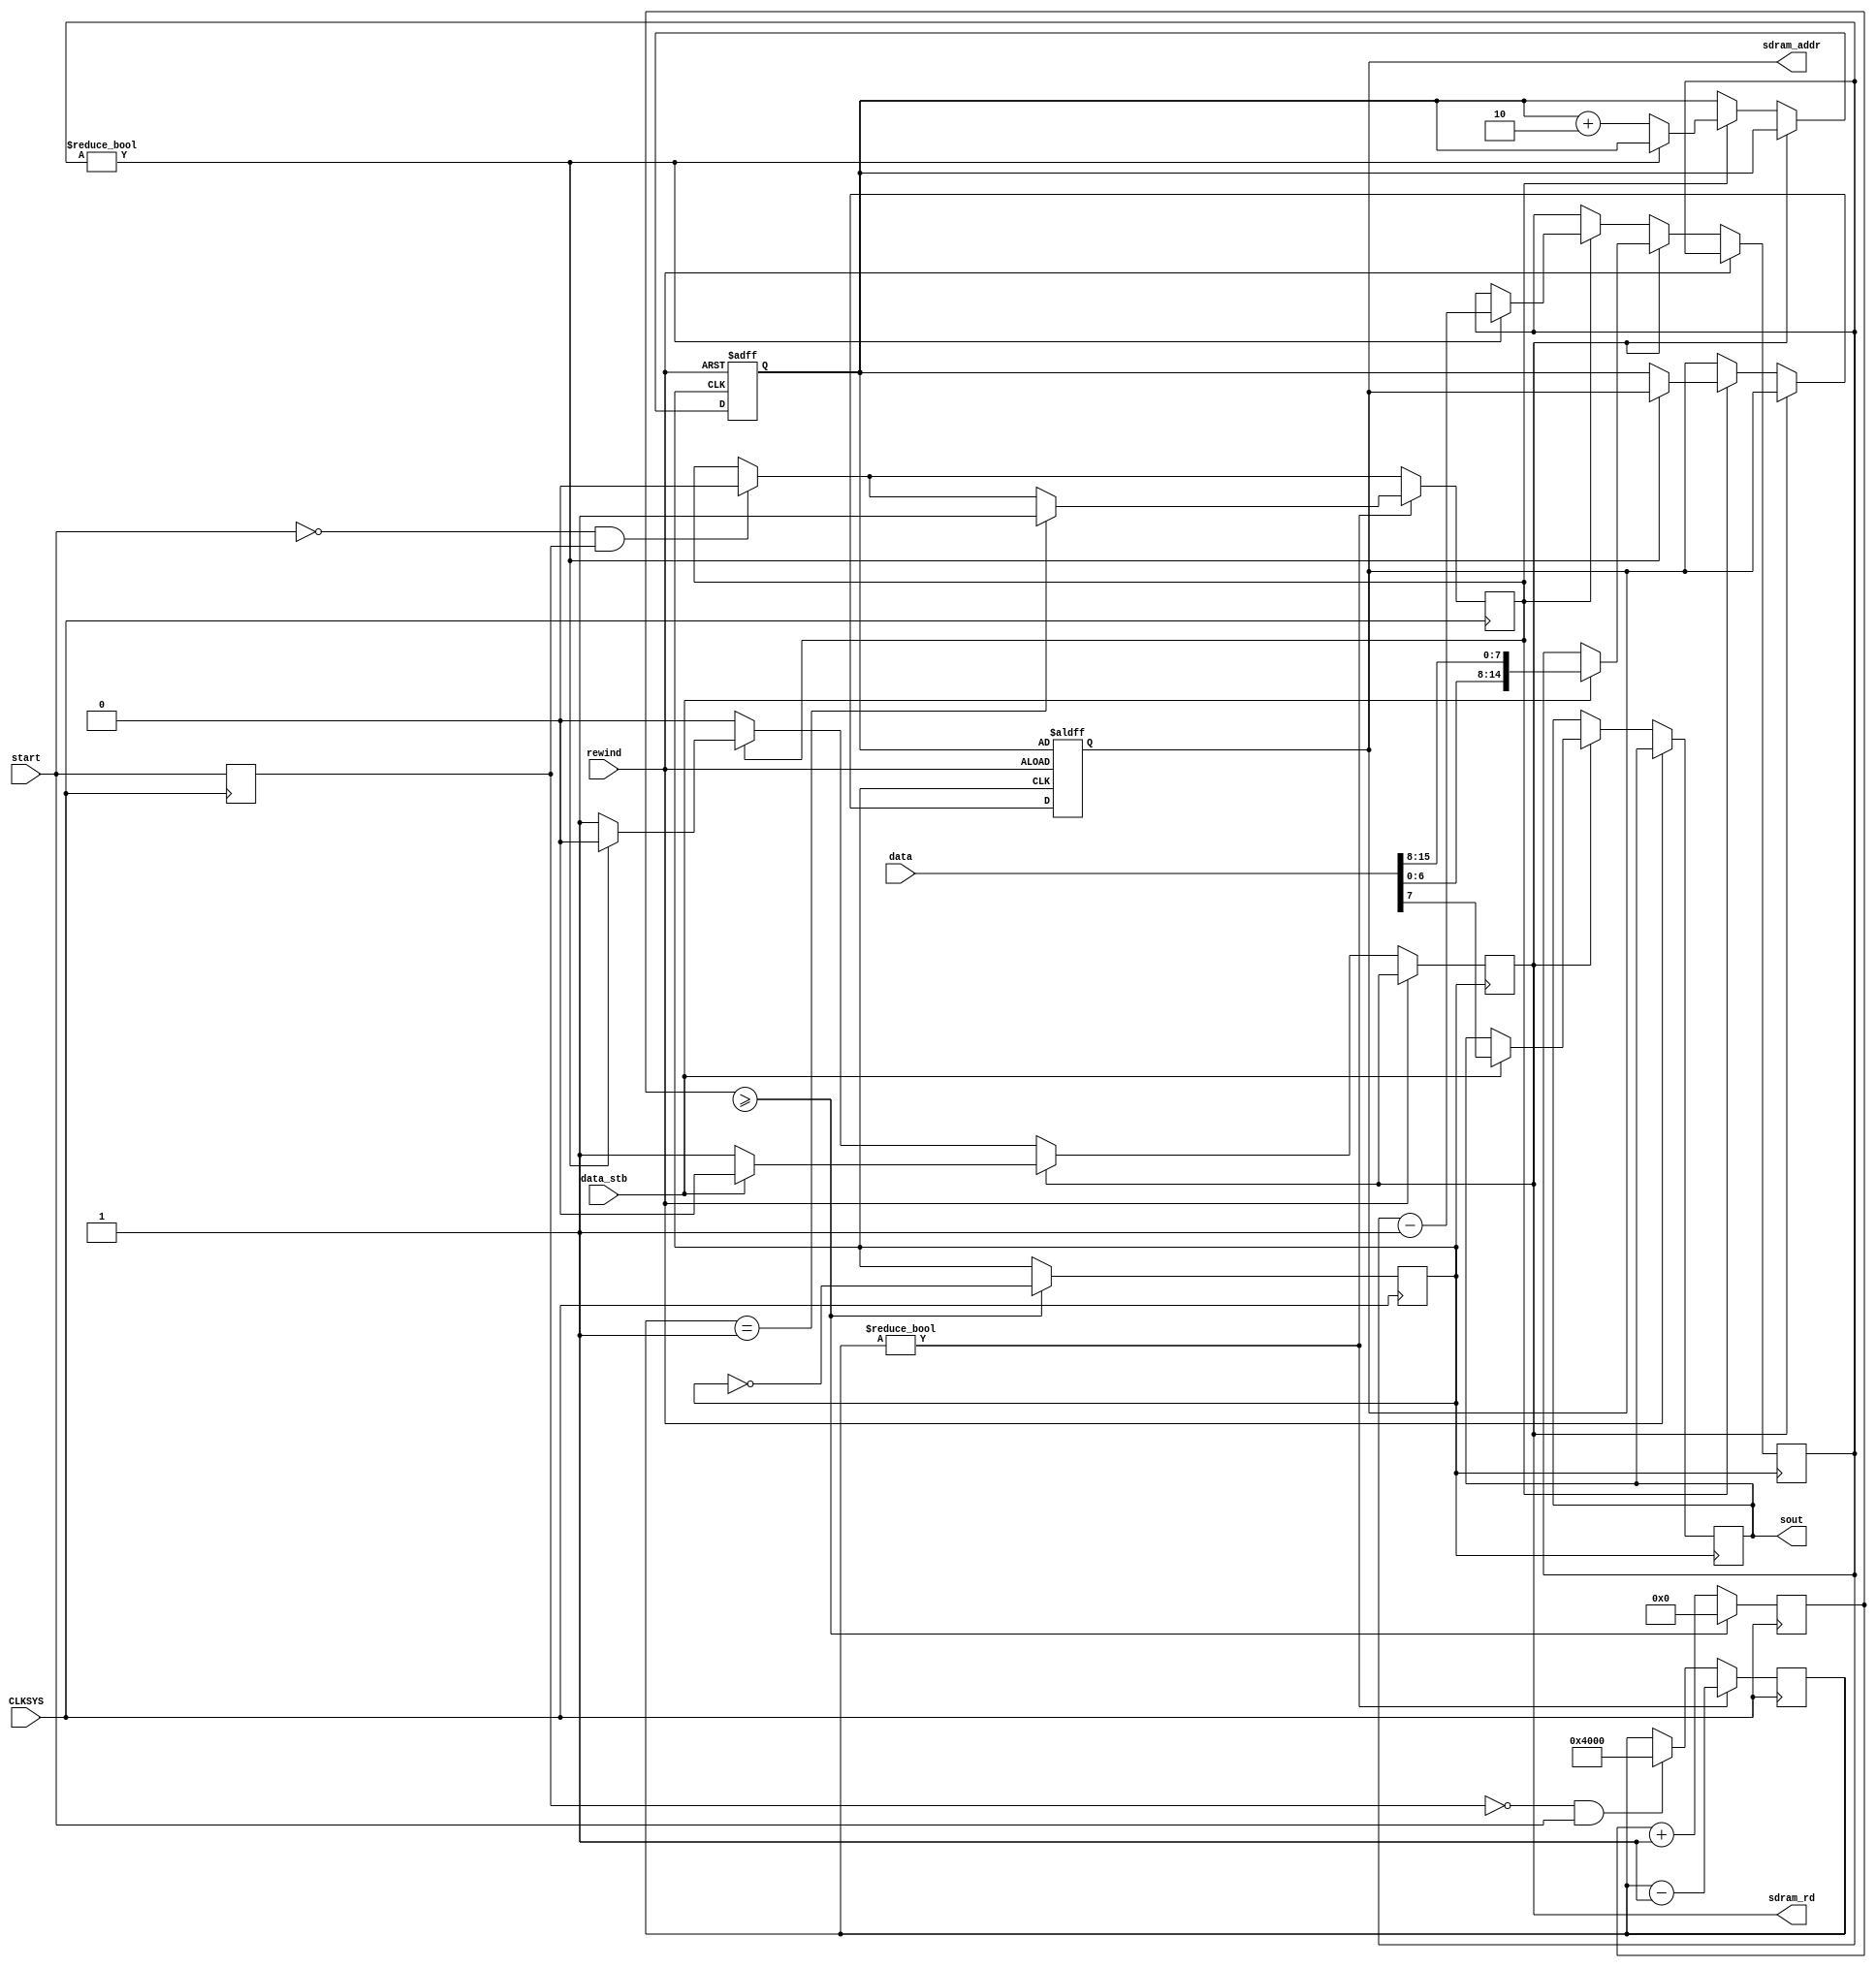
module t77_decode(
  input CLKSYS,
  input start,
  input [15:0] data,
  input data_stb,
  input rewind,
  output reg [24:0] sdram_addr,
  output reg sdram_rd,
  output sout
);

reg clk_9us = 0;
reg pstart;
reg [15:0] counter = 0;
reg s;
reg [14:0] len;
reg sending;
reg [24:0] addr = 25'h62;//25'd16;
reg [15:0] init;

assign sout = s;

always @(posedge CLKSYS) begin
  if (counter >= DIV_9us) begin
    counter <= 16'd0;
    clk_9us <= ~clk_9us;
  end
  else begin
    counter <= counter + 16'd1;
  end
end

always @(posedge CLKSYS) begin
  pstart <= start;
  if (~pstart & start) begin
    init <= 16'h4000;
    $display("--------- motor on ---------");
  end
  if (~start & pstart) begin
    sending <= 1'b0;
    $display("--------- motor off---------");
  end
  if (init) begin
    init <= init - 16'h1;
    if (init == 16'h1) sending <= 1'b1;
  end
end

always @(posedge clk_9us, posedge rewind) begin
  if (rewind) begin
    addr <= 25'd16;
    sdram_addr <= addr;
  end
  else begin
    if (sdram_rd) begin
      if (data_stb) begin
        sdram_rd <= 1'b0;
        s <= data[7];
        len <= { data[6:0], data[15:8] };
      end
    end
    else if (sending) begin
      if (len) begin
        len <= len - 15'd1;
      end
      else begin
        sdram_addr <= addr;
        sdram_rd <= 1'b1;
        addr <= addr + 25'd2;
      end
    end
  end
end


endmodule